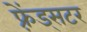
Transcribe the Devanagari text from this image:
फ़्रेंड्सटर